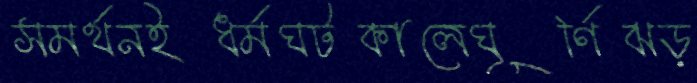
সমর্থনইধর্মঘটকালেঘূর্ণিঝড়